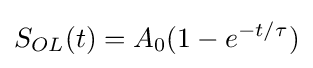
S_{OL}(t)=A_{0}(1-e^{-t/\tau })